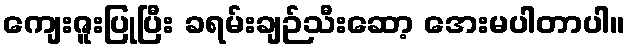
ကျေးဇူးပြုပြီး ခရမ်းချဉ်သီးဆော့ အေးမပါတာပါ။